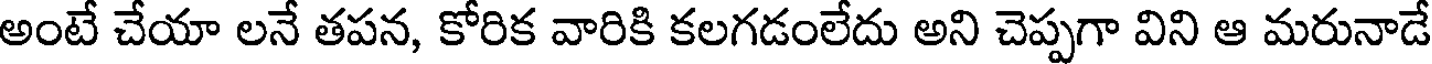
అంటే చేయా లనే తపన, కోరిక వారికి కలగడంలేదు అని చెప్పగా విని ఆ మరునాడే